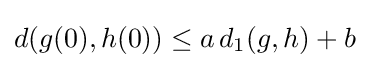
d(g(0),h(0))\leq a\,d_{1}(g,h)+b